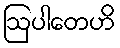
ဩပါတေဟိ